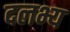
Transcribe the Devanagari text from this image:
दलभ्य